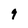
Character: 9